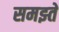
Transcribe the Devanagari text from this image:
समझ्ते